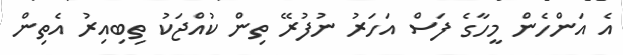
އެ އަންހެން މީހާގެ ފަސް އަހަރު ނުފުރޭ ތިން ކުއްޖަކު ތިބިއިރު އެތިން